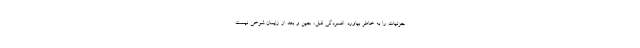
جزئیات را به خاطر بیاورد. افسردگی قبل، حین و بعد از زایمان شوخی نیست